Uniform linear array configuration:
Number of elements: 64
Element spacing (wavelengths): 0.75
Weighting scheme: cosine
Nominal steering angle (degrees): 30
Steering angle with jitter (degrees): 28.954
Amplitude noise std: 0.05
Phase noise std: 0.05

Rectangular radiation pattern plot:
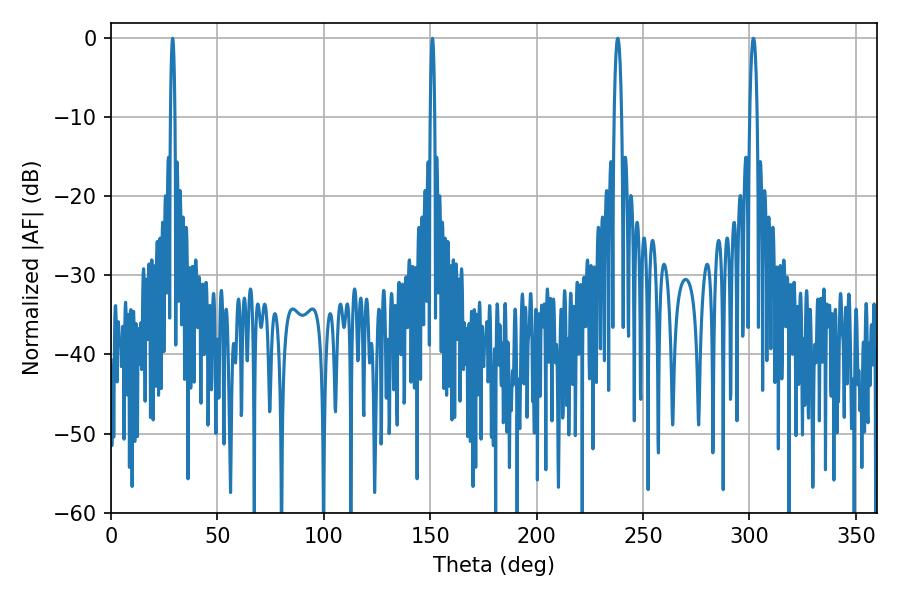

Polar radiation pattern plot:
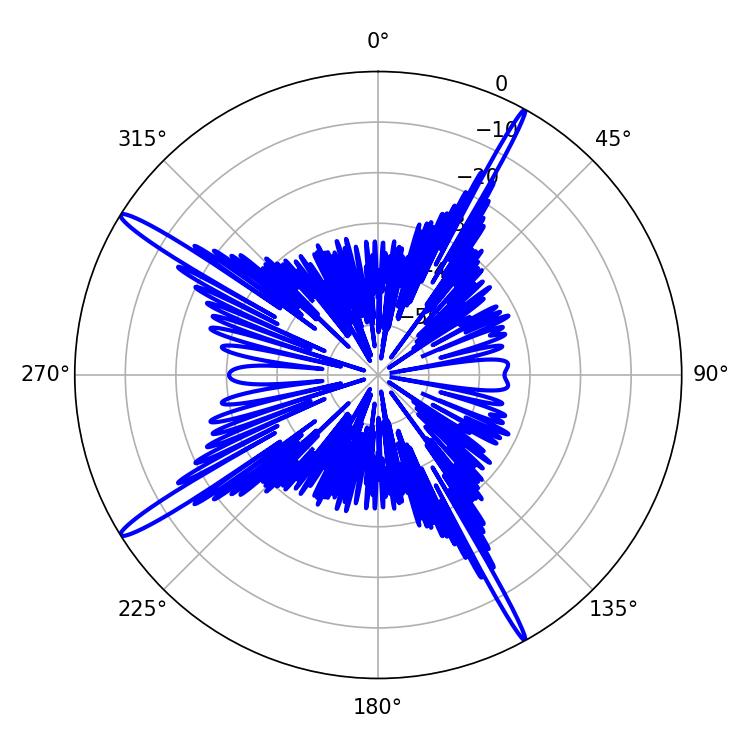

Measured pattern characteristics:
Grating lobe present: TRUE
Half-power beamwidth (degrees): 1.8
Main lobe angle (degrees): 238.14